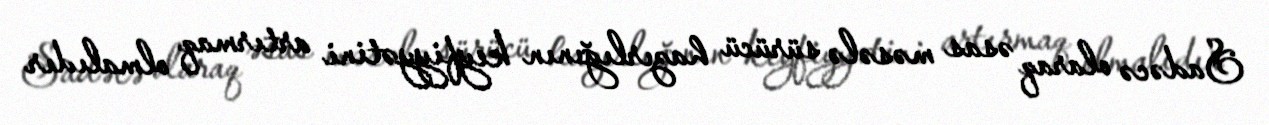
Sadəcə olaraq əsas məsələ sürücü hazırlığının keyfiyyətini artırmaq olmalıdır